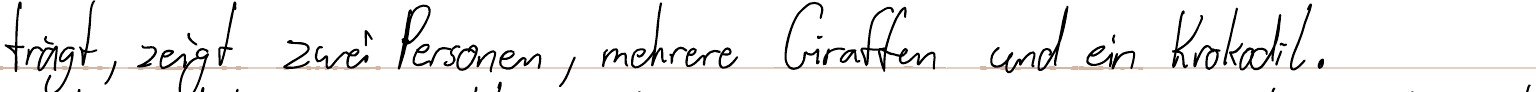
trägt, zeigt zwei Personen, mehrere Giraffen und ein Krokodil.